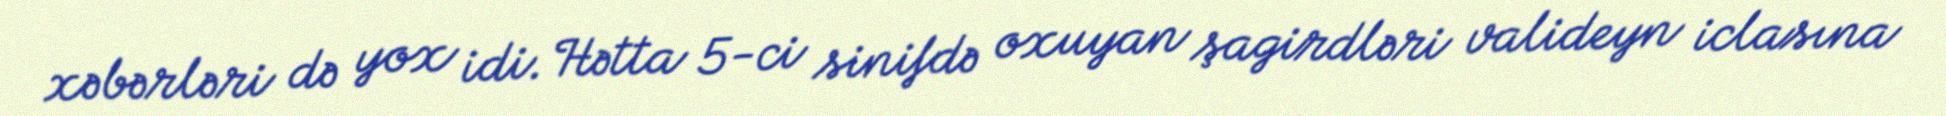
xəbərləri də yox idi. Hətta 5-ci sinifdə oxuyan şagirdləri valideyn iclasına